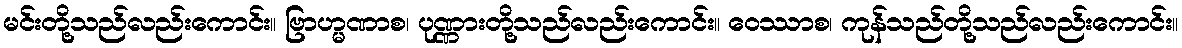
မင်းတို့သည်လည်းကောင်း။ ဗြာဟ္မဏာစ၊ ပုဏ္ဏားတို့သည်လည်းကောင်း။ ဝေဿာစ၊ ကုန်သည်တို့သည်လည်းကောင်း။